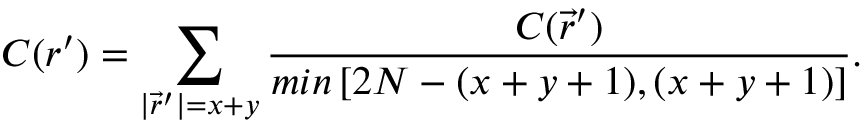
C ( r ^ { \prime } ) = \sum _ { | \vec { r } ^ { \prime } | = x + y } \frac { C ( \vec { r } ^ { \prime } ) } { m i n \left[ 2 N - ( x + y + 1 ) , ( x + y + 1 ) \right] } .